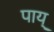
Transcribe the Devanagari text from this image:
पाय्